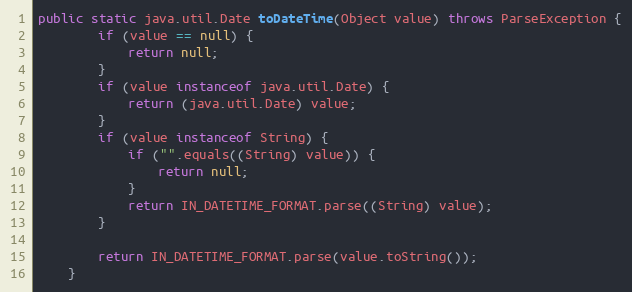
Language: Java
public static java.util.Date toDateTime(Object value) throws ParseException {
        if (value == null) {
            return null;
        }
        if (value instanceof java.util.Date) {
            return (java.util.Date) value;
        }
        if (value instanceof String) {
            if ("".equals((String) value)) {
                return null;
            }
            return IN_DATETIME_FORMAT.parse((String) value);
        }

        return IN_DATETIME_FORMAT.parse(value.toString());
    }